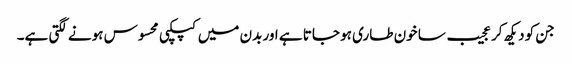
جن کو دیکھ کر عجیب سا خون طاری ہو جاتا ہے اور بدن میں کپکپی محسوس ہونے لگتی ہے۔